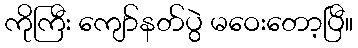
ကိုကြီး ကျော်နတ်ပွဲ မဝေးတော့ပြီ။